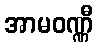
အာမဝဏ္ဏီ